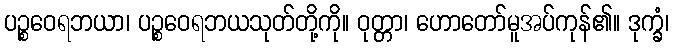
ပဉ္စဝေရဘယာ၊ ပဉ္စဝေရဘယသုတ်တို့ကို။ ဝုတ္တာ၊ ဟောတော်မူအပ်ကုန်၏။ ဒုက္ခံ၊